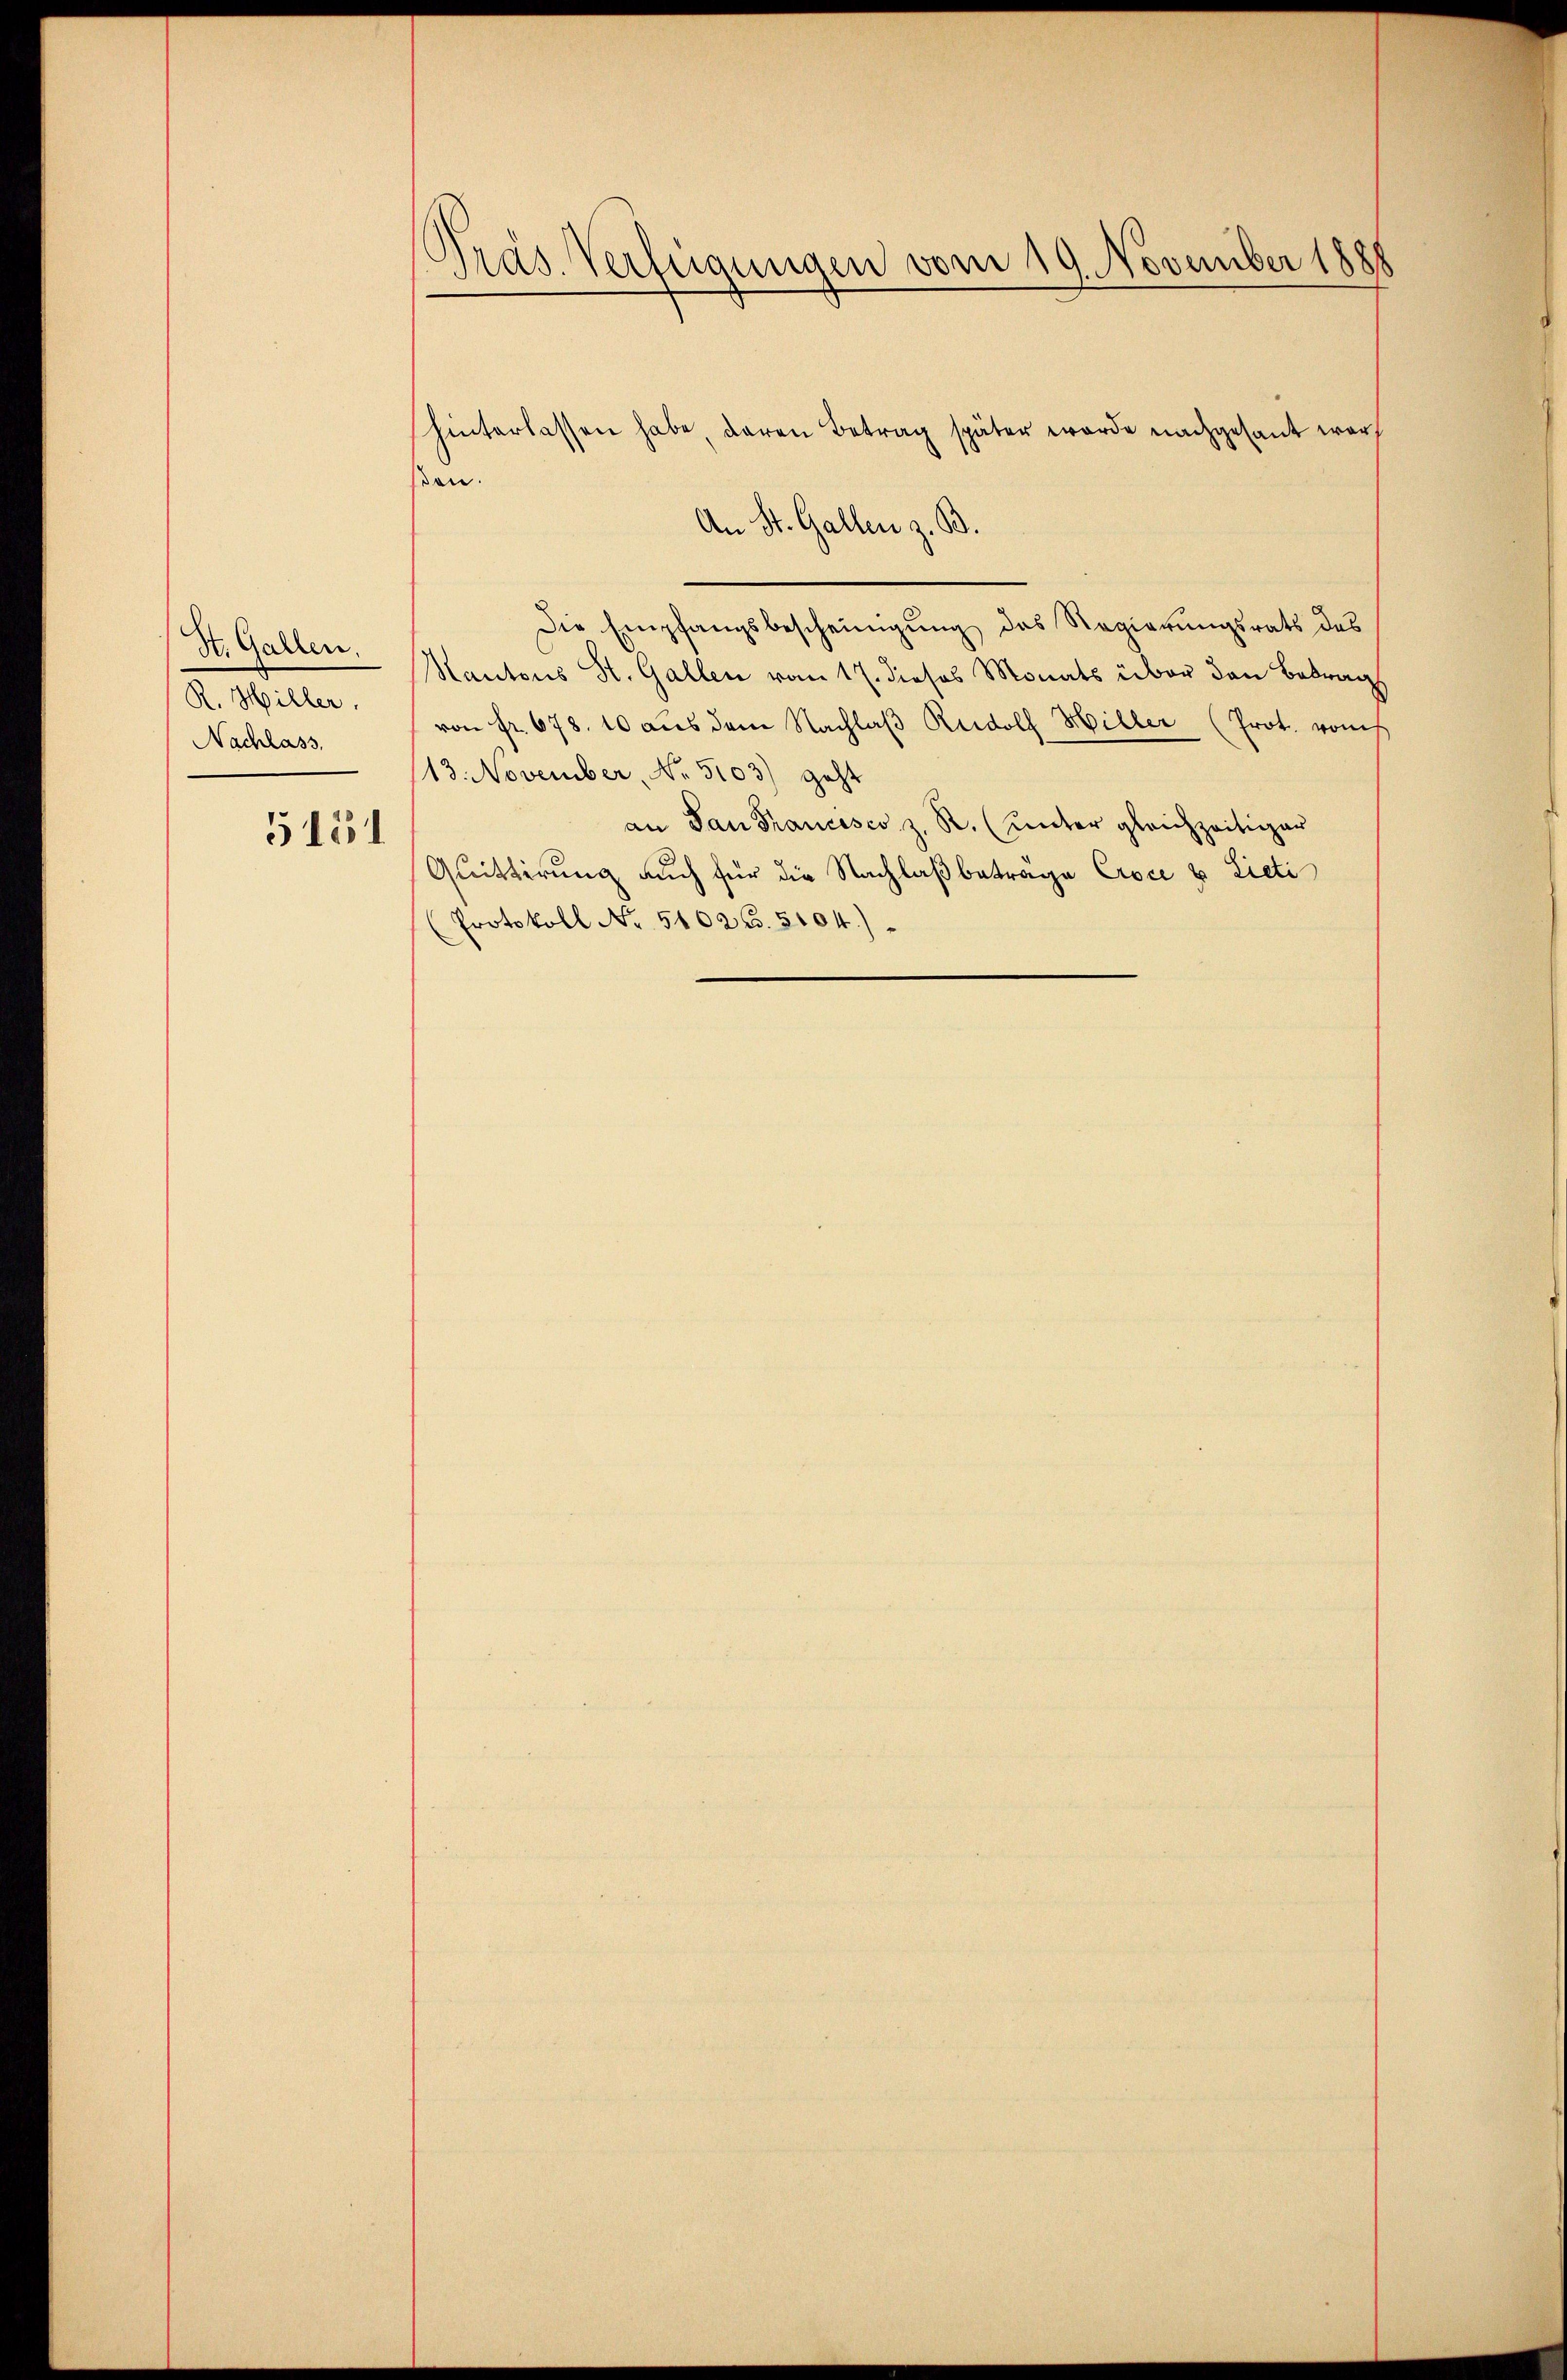
(St. Gallen.
R. Hiller.
Nachlass,

5151

Präs. Verfügungen vom 19. November 1888

hinterlassen habe, daran Betrag später werde nachgesant war
den.
An St. Gallen z. B.
Die Empfangsbescheinigŭng des Regierŭngsrats des
Kantons St. Gallen vom 17. dieses Monats über den Betrag
von fr. 678. 10 aus dem Nachlaβ Rudolf Hiller (Prot. vom
13. November, No. 5103) geht
an San Francisco z. R. (unter gleichzeitiger
Quittirung auch für die Nachlaß betrage Croce u. Lieti
(Protokoll No 51026. 5104)